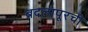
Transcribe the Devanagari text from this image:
बदलापूरची